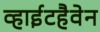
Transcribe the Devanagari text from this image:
व्हाईटहैवेन